Report on the working of the mental hospitals for Indians in Bihar and Orissa - 1925-1929
Year: 1925
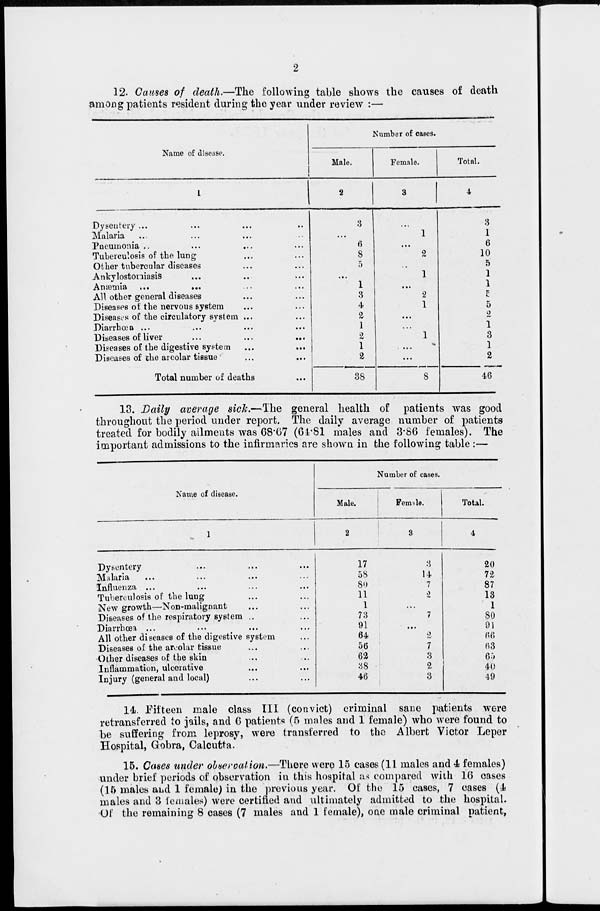
2
12. Causes of death.—The following table shows the causes of death
among patients resident during the year under review :—
Name of disease.
1
Dysentery ... ... ... ...
Malaria ... ... ... ...
Pneumonia .. ... ... ...
Tuberculosis of the lung ... ...
Other tubercular diseases ... ...
Ankylostomiasis ... ... ...
Anæmia ... ... ... ...
All other general diseases ... ...
Diseases of the nervous system ... ...
Diseases of the circulatory system ... ...
Diarrhœa ... ... ... ...
Diseases of liver ... ... ...
Diseases of the digestive system ... ...
Diseases of the arcolar tissue ... ...
Total number of deaths ...
Number of cases.
Male.
2
3
...
6
8
5
...
1
3
4
2
1
2
1
2
38
Female.
3
...
1
...
2
...
1
...
2
1
...
...
1
...
...
8
Total.
4
3
1
6
10
5
1
1
5
5
2
1
3
1
2
46
13. Daily average sick.—The general health of patients was good
throughout the period under report. The daily average number of patients
treated for bodily ailments was 68.67 (64.81 males and 3.86 females). The
important admissions to the infirmaries are shown in the following table:—
Name of disease.
1
Dysentery ... ... ...
Malaria ... ... ... ...
Influenza ... ... ... ...
Tuberculosis of the lung ... ...
New growth—Non-malignant ... ...
Diseases of the respiratory system ... ...
Diarrhœa ... ... ... ...
All other diseases of the digestive system ...
Diseases of the arcolar tissue ... ...
Other diseases of the skin ... ...
Inflammation, ulcerative ... ...
Injury (general and local) ... ...
Number of cases.
Male.
2
17
58
80
11
1
73
91
64
56
62
38
46
Female.
3
3
14
7
2
...
7
...
2
7
3
2
3
Total.
4
20
72
87
13
1
80
91
66
63
65
40
49
14. Fifteen male class III (convict) criminal sane patients were
retransferred to jails, and 6 patients (5 males and 1 female) who were found to
be suffering from leprosy, were transferred to the Albert Victor Leper
Hospital, Gobra, Calcutta.
15. Cases under observation.—There were 15 cases (11 males and 4 females)
under brief periods of observation in this hospital as compared with 16 cases
(15 males and 1 female) in the previous year. Of the 15 cases, 7 cases (4
males and 3 females) were certified and ultimately admitted to the hospital.
Of the remaining 8 cases (7 males and 1 female), one male criminal patient,